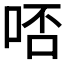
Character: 𠳝